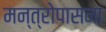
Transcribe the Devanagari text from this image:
मन्त्रोपासना